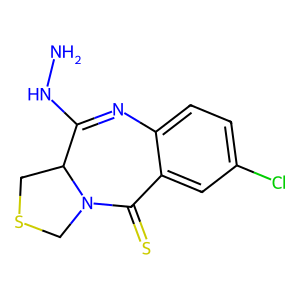
SMILES: NNC1=Nc2ccc(Cl)cc2C(=S)N2CSCC12
Inhibits HIV replication: No